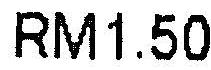
RM1.50